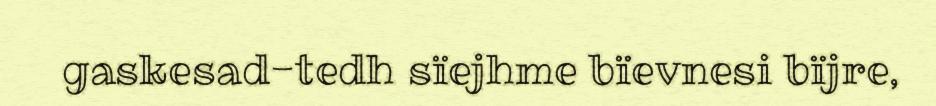
gaskesad-tedh sïejhme bïevnesi bïjre,